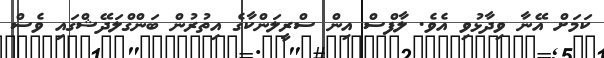
ކަމަށް އޭނާ ވިދާޅުވި އެވެ. ލާފްސް އިން ސްރީލަންކާގެ އިތުރުން ބަންގްލަދޭޝްގައި ވެސް